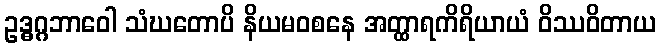
ဥဒ္ဓဂ္ဂဘာဝေါ သံဃတောပိ နိယမဝစနေ အတ္ထာရကိရိယာယံ ဝိဿဝိတာယ